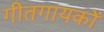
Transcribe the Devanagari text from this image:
गीतगायकों